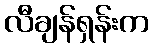
လီချန်ရှန်းက